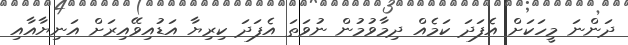
ދަންނަ މީހަކަށް އެފަދަ ކަމެއް ދިމާވުމުން ނުވަތަ އެފަދަ ކިރިޔާ އަޑުއިވޭއިރަށް އަނިޔާއާއި